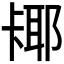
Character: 𫧵